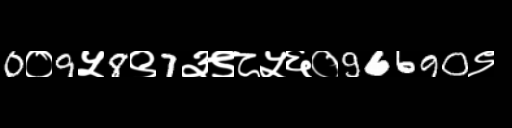
Text: 0०9५8९7३९८५६०96690९